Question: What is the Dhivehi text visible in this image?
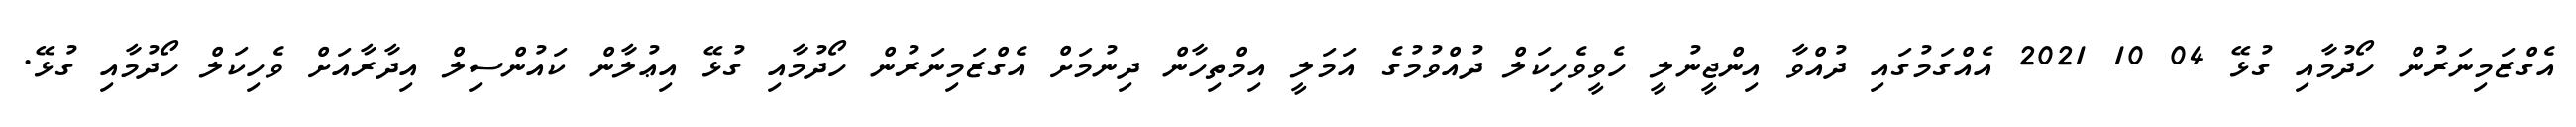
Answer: އެގްޒަމިނަރުން ހޯދުމާއި ގުޅޭ 04 10 2021 އެއްގަމުގައި ދުއްވާ އިންޖީނުލީ ހެވީވެހިކަލް ދުއްވުމުގެ އަމަލީ އިމްތިހާން ދިނުމަށް އެގްޒަމިނަރުން ހޯދުމާއި ގުޅޭ އިޢުލާން ކައުންސިލް އިދާރާއަށް ވެހިކަލް ހޯދުމާއި ގުޅޭ.